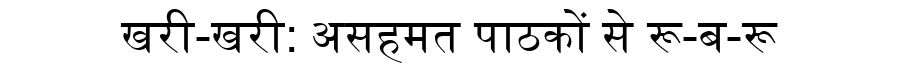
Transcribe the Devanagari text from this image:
खरी-खरी: असहमत पाठकों से रू-ब-रू